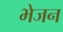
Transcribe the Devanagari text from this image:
भेजन